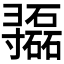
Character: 𫴷